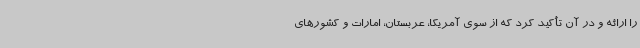
را ارائه و در آن تأکید کرد که از سوی آمریکا، عربستان، امارات و کشورهای